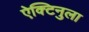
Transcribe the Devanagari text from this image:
ऐक्टिनुला